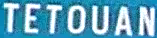
TETOUAN